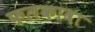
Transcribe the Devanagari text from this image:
फलकावा